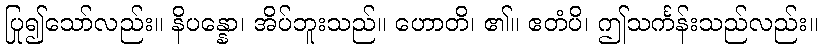
ပြု၍သော်လည်း။ နိပန္နော၊ အိပ်ဘူးသည်။ ဟောတိ၊ ၏။ ဧတံပိ၊ ဤသင်္ကန်းသည်လည်း။